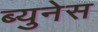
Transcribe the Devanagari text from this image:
ब्युनेस